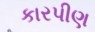
કારપીણ